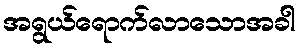
အရွယ်ရောက်လာသောအခါ